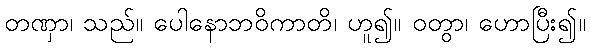
တဏှာ၊ သည်။ ပေါနောဘဝိကာတိ၊ ဟူ၍။ ဝတွာ၊ ဟောပြီး၍။